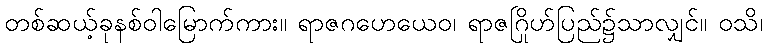
တစ်ဆယ့်ခုနစ်ဝါမြောက်ကား။ ရာဇဂဟေယေဝ၊ ရာဇဂြိုဟ်ပြည်၌သာလျှင်။ ဝသိ၊